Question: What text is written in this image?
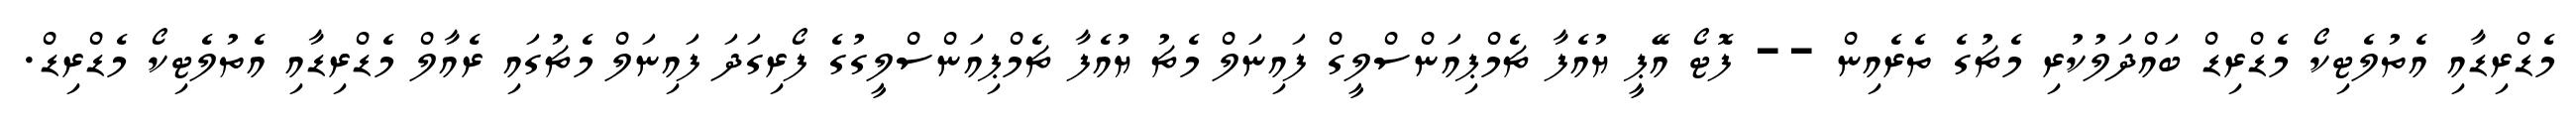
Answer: މެޑްރިޑާއި އެތުލެޓިކޯ މެޑްރިޑް ބައްދަލުކުރި މެޗުގެ ތެރެއިން -- ފޮޓޯ އޭޕީ ޔުއެފާ ޗެމްޕިއަންސްލީގް ފައިނަލް މެޗު ޔުއެފާ ޗެމްޕިއަންސްލީގުގެ ފޯރިގަދަ ފައިނަލް މެޗުގައި ރެއާލް މެޑްރިޑާއި އެތުލެޓިކޯ މެޑްރިޑް.